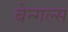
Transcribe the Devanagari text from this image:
बेन्गल्स